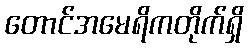
တောင်အမေရိကတိုက်ရှိ